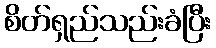
စိတ်ရှည်သည်းခံပြီး